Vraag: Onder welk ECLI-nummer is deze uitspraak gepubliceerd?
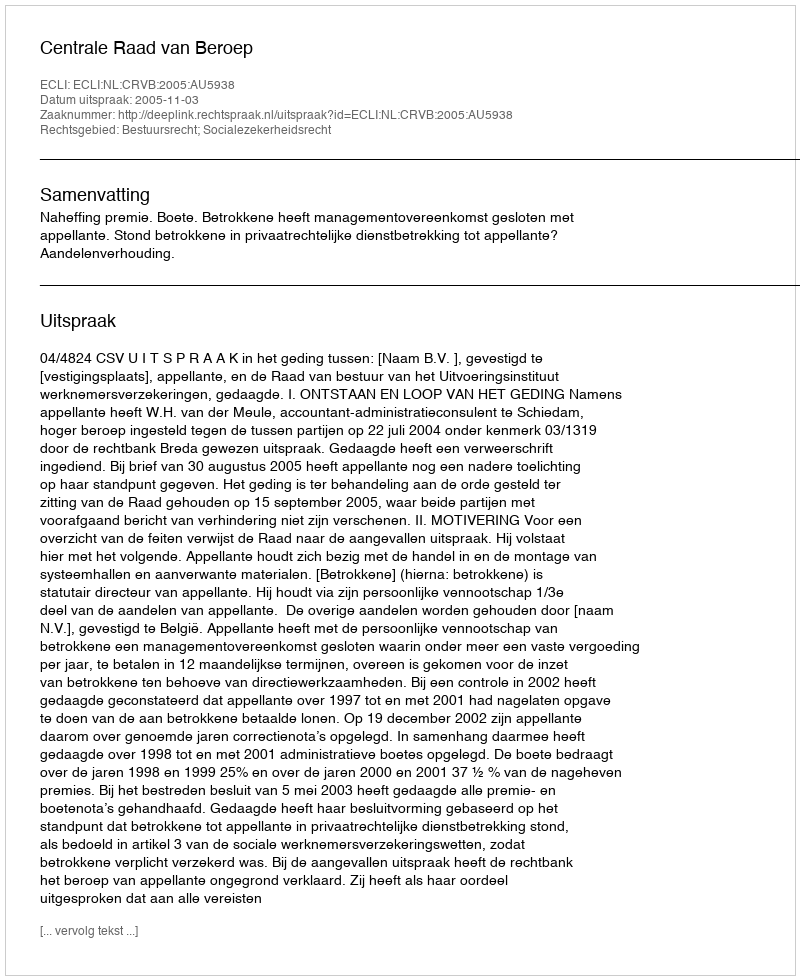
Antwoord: ECLI:NL:CRVB:2005:AU5938